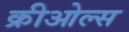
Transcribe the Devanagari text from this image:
क्रीओल्स